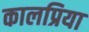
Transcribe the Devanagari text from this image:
कालप्रिया